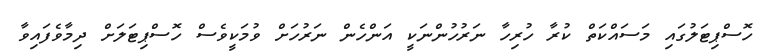
ހޮސްޕިޓަލުގައި މަސައްކަތް ކުރާ ހުރިހާ ނަރުހުންނަކީ އަންހެން ނަރުހަށް ވުމަކީވެސް ހޮސްޕިޓަލަށް ދިމާވެފައިވާ